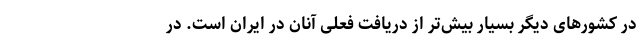
در کشورهای دیگر بسیار بیش‌تر از دریافت فعلی آنان در ایران است. در